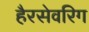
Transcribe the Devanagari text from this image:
हैरसेवरिग